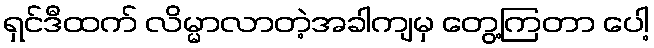
ရှင်ဒီထက် လိမ္မာလာတဲ့အခါကျမှ တွေ့ကြတာ ပေါ့